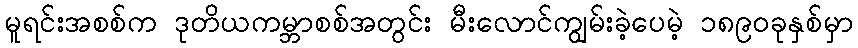
မူရင်းအစစ်က ဒုတိယကမ္ဘာစစ်အတွင်း မီးလောင်ကျွမ်းခဲ့ပေမဲ့ ၁၈၉၀ခုနှစ်မှာ